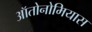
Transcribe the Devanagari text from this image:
ऑतोनोमियास